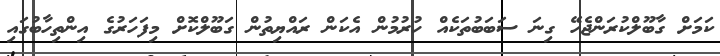
ކަމަށް ގާބޫލްކުރަންޖެހޭ ގިނަ ސަބަބުތަކެއް ހުރުމުން އެކަން ރައްޔިތުން ގަބޫލްކޮށް މިފަހަރުގެ އިންތިހާބުގައި